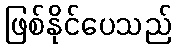
ဖြစ်နိုင်ပေသည်